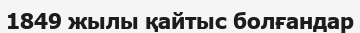
1849 жылы қайтыс болғандар